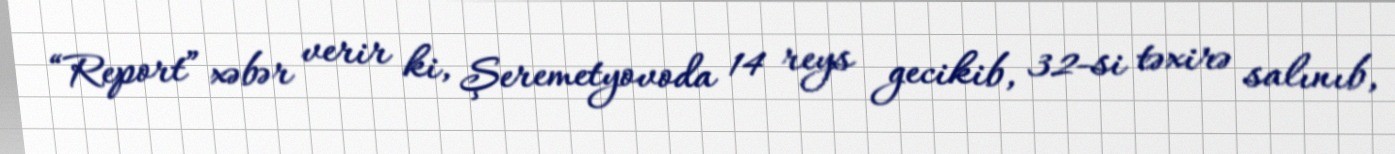
“Report” xəbər verir ki, Şeremetyovoda 14 reys gecikib, 32-si təxirə salınıb,